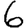
Digit: 6